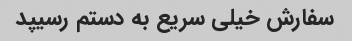
سفارش خیلی سریع به دستم رسیپد